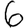
Digit: 6